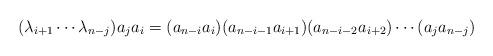
LaTeX: \begin{align*}(\lambda_{i+1}\dotsm\lambda_{n-j})a_ja_i=(a_{n-i}a_i)(a_{n-i-1}a_{i+1})(a_{n-i-2}a_{i+2})\dotsm(a_ja_{n-j})\end{align*}